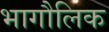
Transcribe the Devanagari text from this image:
भागौलिक